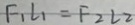
F _ { 1 } l _ { 1 } = F _ { 2 } L _ { 2 }